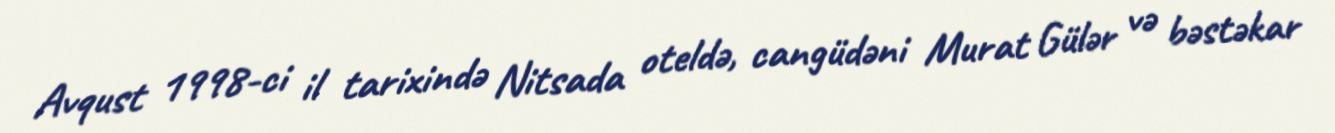
Avqust 1998-ci il tarixində Nitsada oteldə, cangüdəni Murat Gülər və bəstəkar